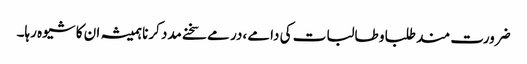
ضرورت مند طلبا و طالبات کی دامے ،در مے سخنے مدد کرنا ہمیشہ ان کا شیوہ رہا۔